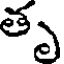
తృ